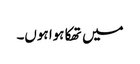
میں تھکا ہوا ہوں۔